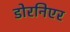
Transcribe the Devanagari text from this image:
डोरनिएर